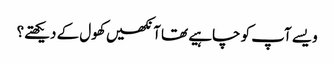
ویسے آپ کو چاہیے تھا آنکھیں کھول کے دیکھتے؟